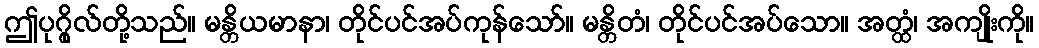
ဤပုဂ္ဂိုလ်တို့သည်။ မန္တိယမာနာ၊ တိုင်ပင်အပ်ကုန်သော်။ မန္တိတံ၊ တိုင်ပင်အပ်သော။ အတ္ထံ၊ အကျိုးကို။